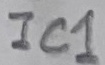
Text: IC1